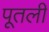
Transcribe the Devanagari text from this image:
पूतली